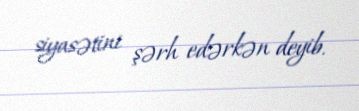
siyasətini şərh edərkən deyib.